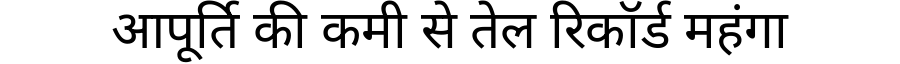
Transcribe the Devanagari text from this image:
आपूर्ति की कमी से तेल रिकॉर्ड महंगा